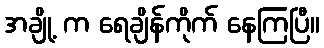
အချို့ က ရေချိန်ကိုက် နေကြပြီ။